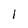
Character: 1